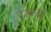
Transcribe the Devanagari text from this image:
नुआनई